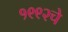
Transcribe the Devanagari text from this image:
१९९२चे